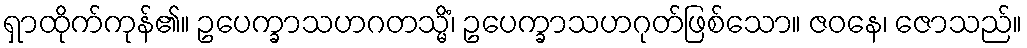
ရှာထိုက်ကုန်၏။ ဥပေက္ခာသဟဂတသ္မိံ၊ ဥပေက္ခာသဟဂုတ်ဖြစ်သော။ ဇဝနေ၊ ဇောသည်။